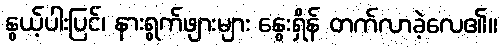
နွယ့်ပါးပြင်၊ နားရွက်ဖျားများ နွေးရှိန် တက်လာခဲ့လေ၏။